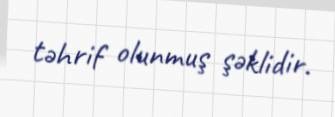
təhrif olunmuş şəklidir.